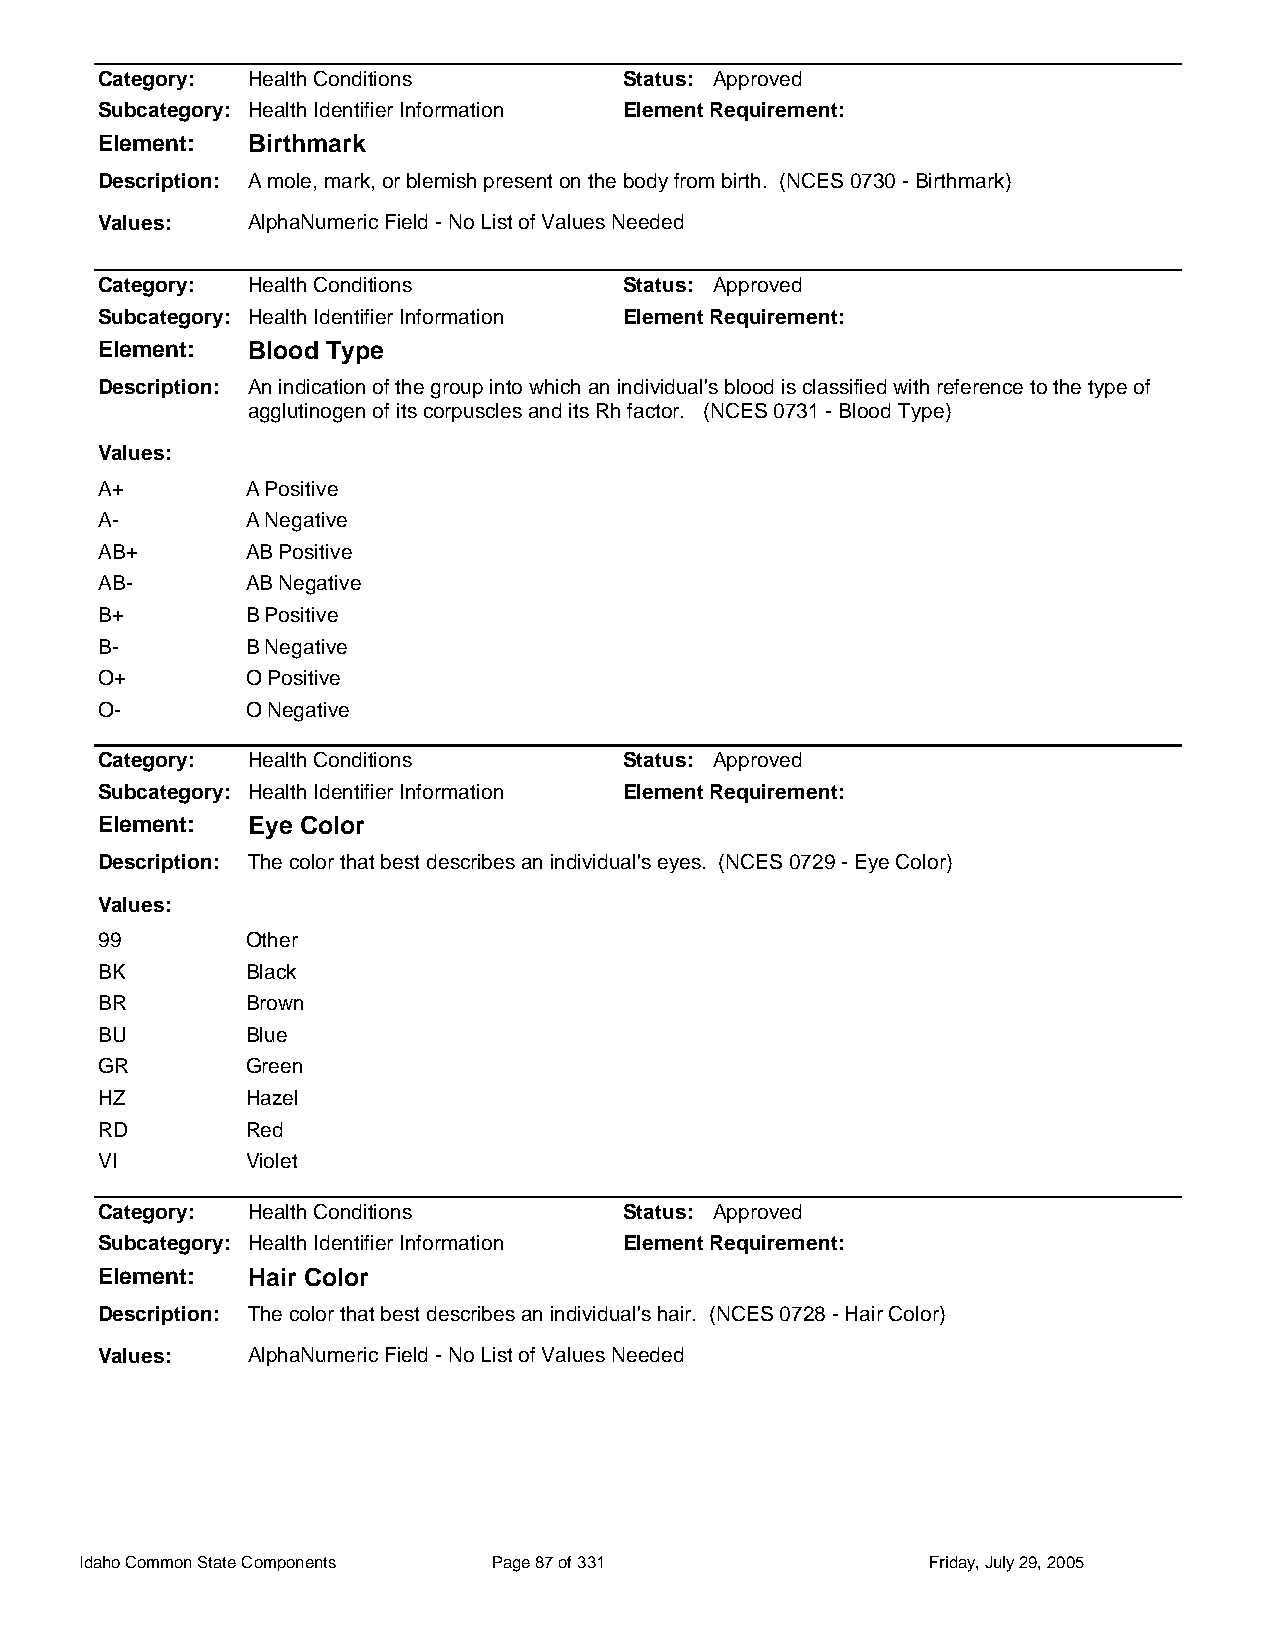
Category: Health Conditions        Status: Approved
 Subcategory: Health Identifier Information Element Requirement:
 Element:  Birthmark
 Description: A mole, mark, or blemish present on the body from birth. (NCES 0730 - Birthmark)
 Values:   AlphaNumeric Field - No List of Values Needed
 Category: Health Conditions        Status: Approved
 Subcategory: Health Identifier Information Element Requirement:
 Element:  Blood Type
 Description: An indication of the group into which an individual's blood is classified with reference to the type of
 agglutinogen of its corpuscles and its Rh factor. (NCES 0731 - Blood Type)
 Values:
 A+        A Positive
 A-        A Negative
 AB+       AB Positive
 AB-       AB Negative
 B+        B Positive
 B-        B Negative
 O+        O Positive
 O-        O Negative
 Category: Health Conditions        Status: Approved
 Subcategory: Health Identifier Information Element Requirement:
 Element:  Eye Color
 Description: The color that best describes an individual's eyes. (NCES 0729 - Eye Color)
 Values:
 99        Other
 BK        Black
 BR        Brown
 BU        Blue
 GR        Green
 HZ        Hazel
 RD        Red
 VI        Violet
 Category: Health Conditions        Status: Approved
 Subcategory: Health Identifier Information Element Requirement:
 Element:  Hair Color
 Description: The color that best describes an individual's hair. (NCES 0728 - Hair Color)
 Values:   AlphaNumeric Field - No List of Values Needed
 Idaho Common State Components Page 87 of 331            Friday, July 29, 2005